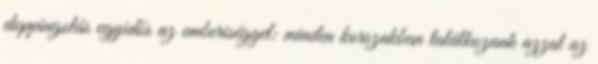
doppingolás egyidős az emberiséggel: minden korszakban találkozunk azzal az